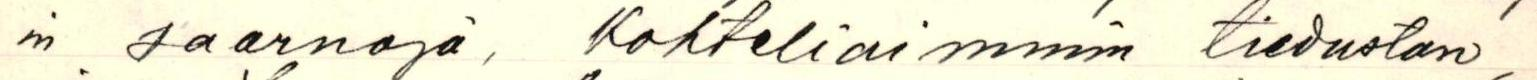
in saarnoja, Kohteliaimmin tiedustan,